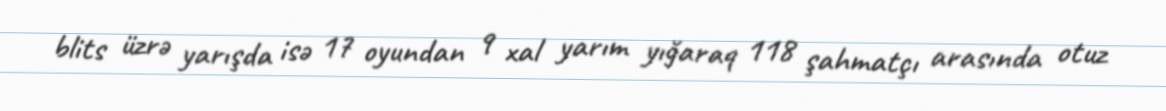
blits üzrə yarışda isə 17 oyundan 9 xal yarım yığaraq 118 şahmatçı arasında otuz